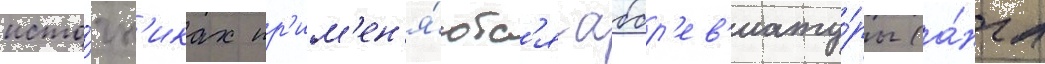
исто́чн'иках пр'им'ен'я́ютс'я аббр'ев'иату́ры (а́нгл